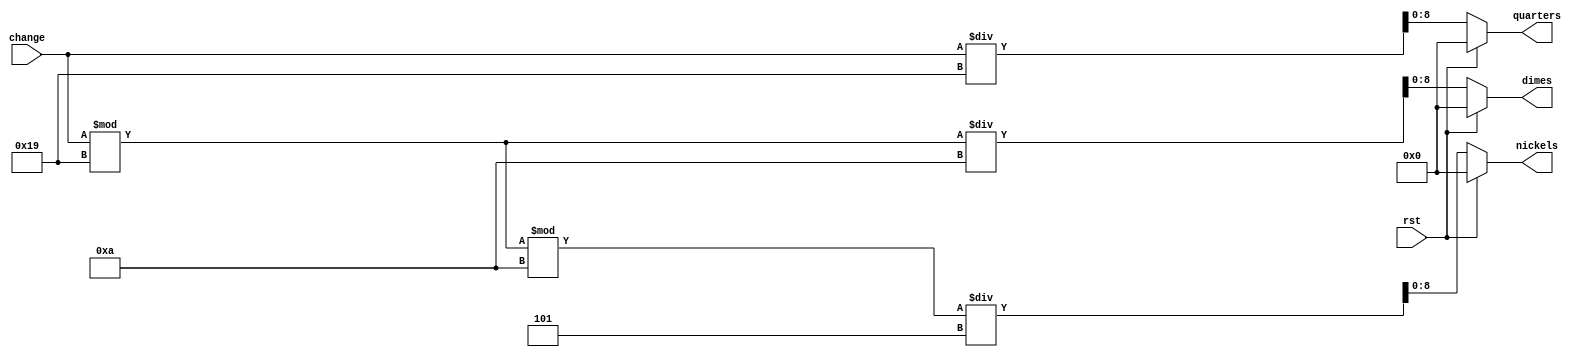
module dispenseChange(change, rst, quarters, dimes, nickels);

input [31:0] change;
input rst;
output reg [8:0] quarters;
output reg [8:0] dimes;
output reg [8:0] nickels;

localparam QUARTER = 25;
localparam DIME = 10;
localparam NICKEL = 5;

// Combinational logic	
always @(*) begin
	if (rst) begin
		quarters = 8'b0;
		dimes = 8'b0;
		nickels = 8'b0;
	end else begin
		quarters = change / QUARTER;
		dimes = (change % QUARTER) / DIME;
		nickels = ((change % QUARTER) % DIME) / NICKEL;

		$display("Quarters: %d, Dimes: %d, Nickels: %d", quarters, dimes, nickels);
	end
	
end
	

endmodule